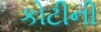
કોટીની